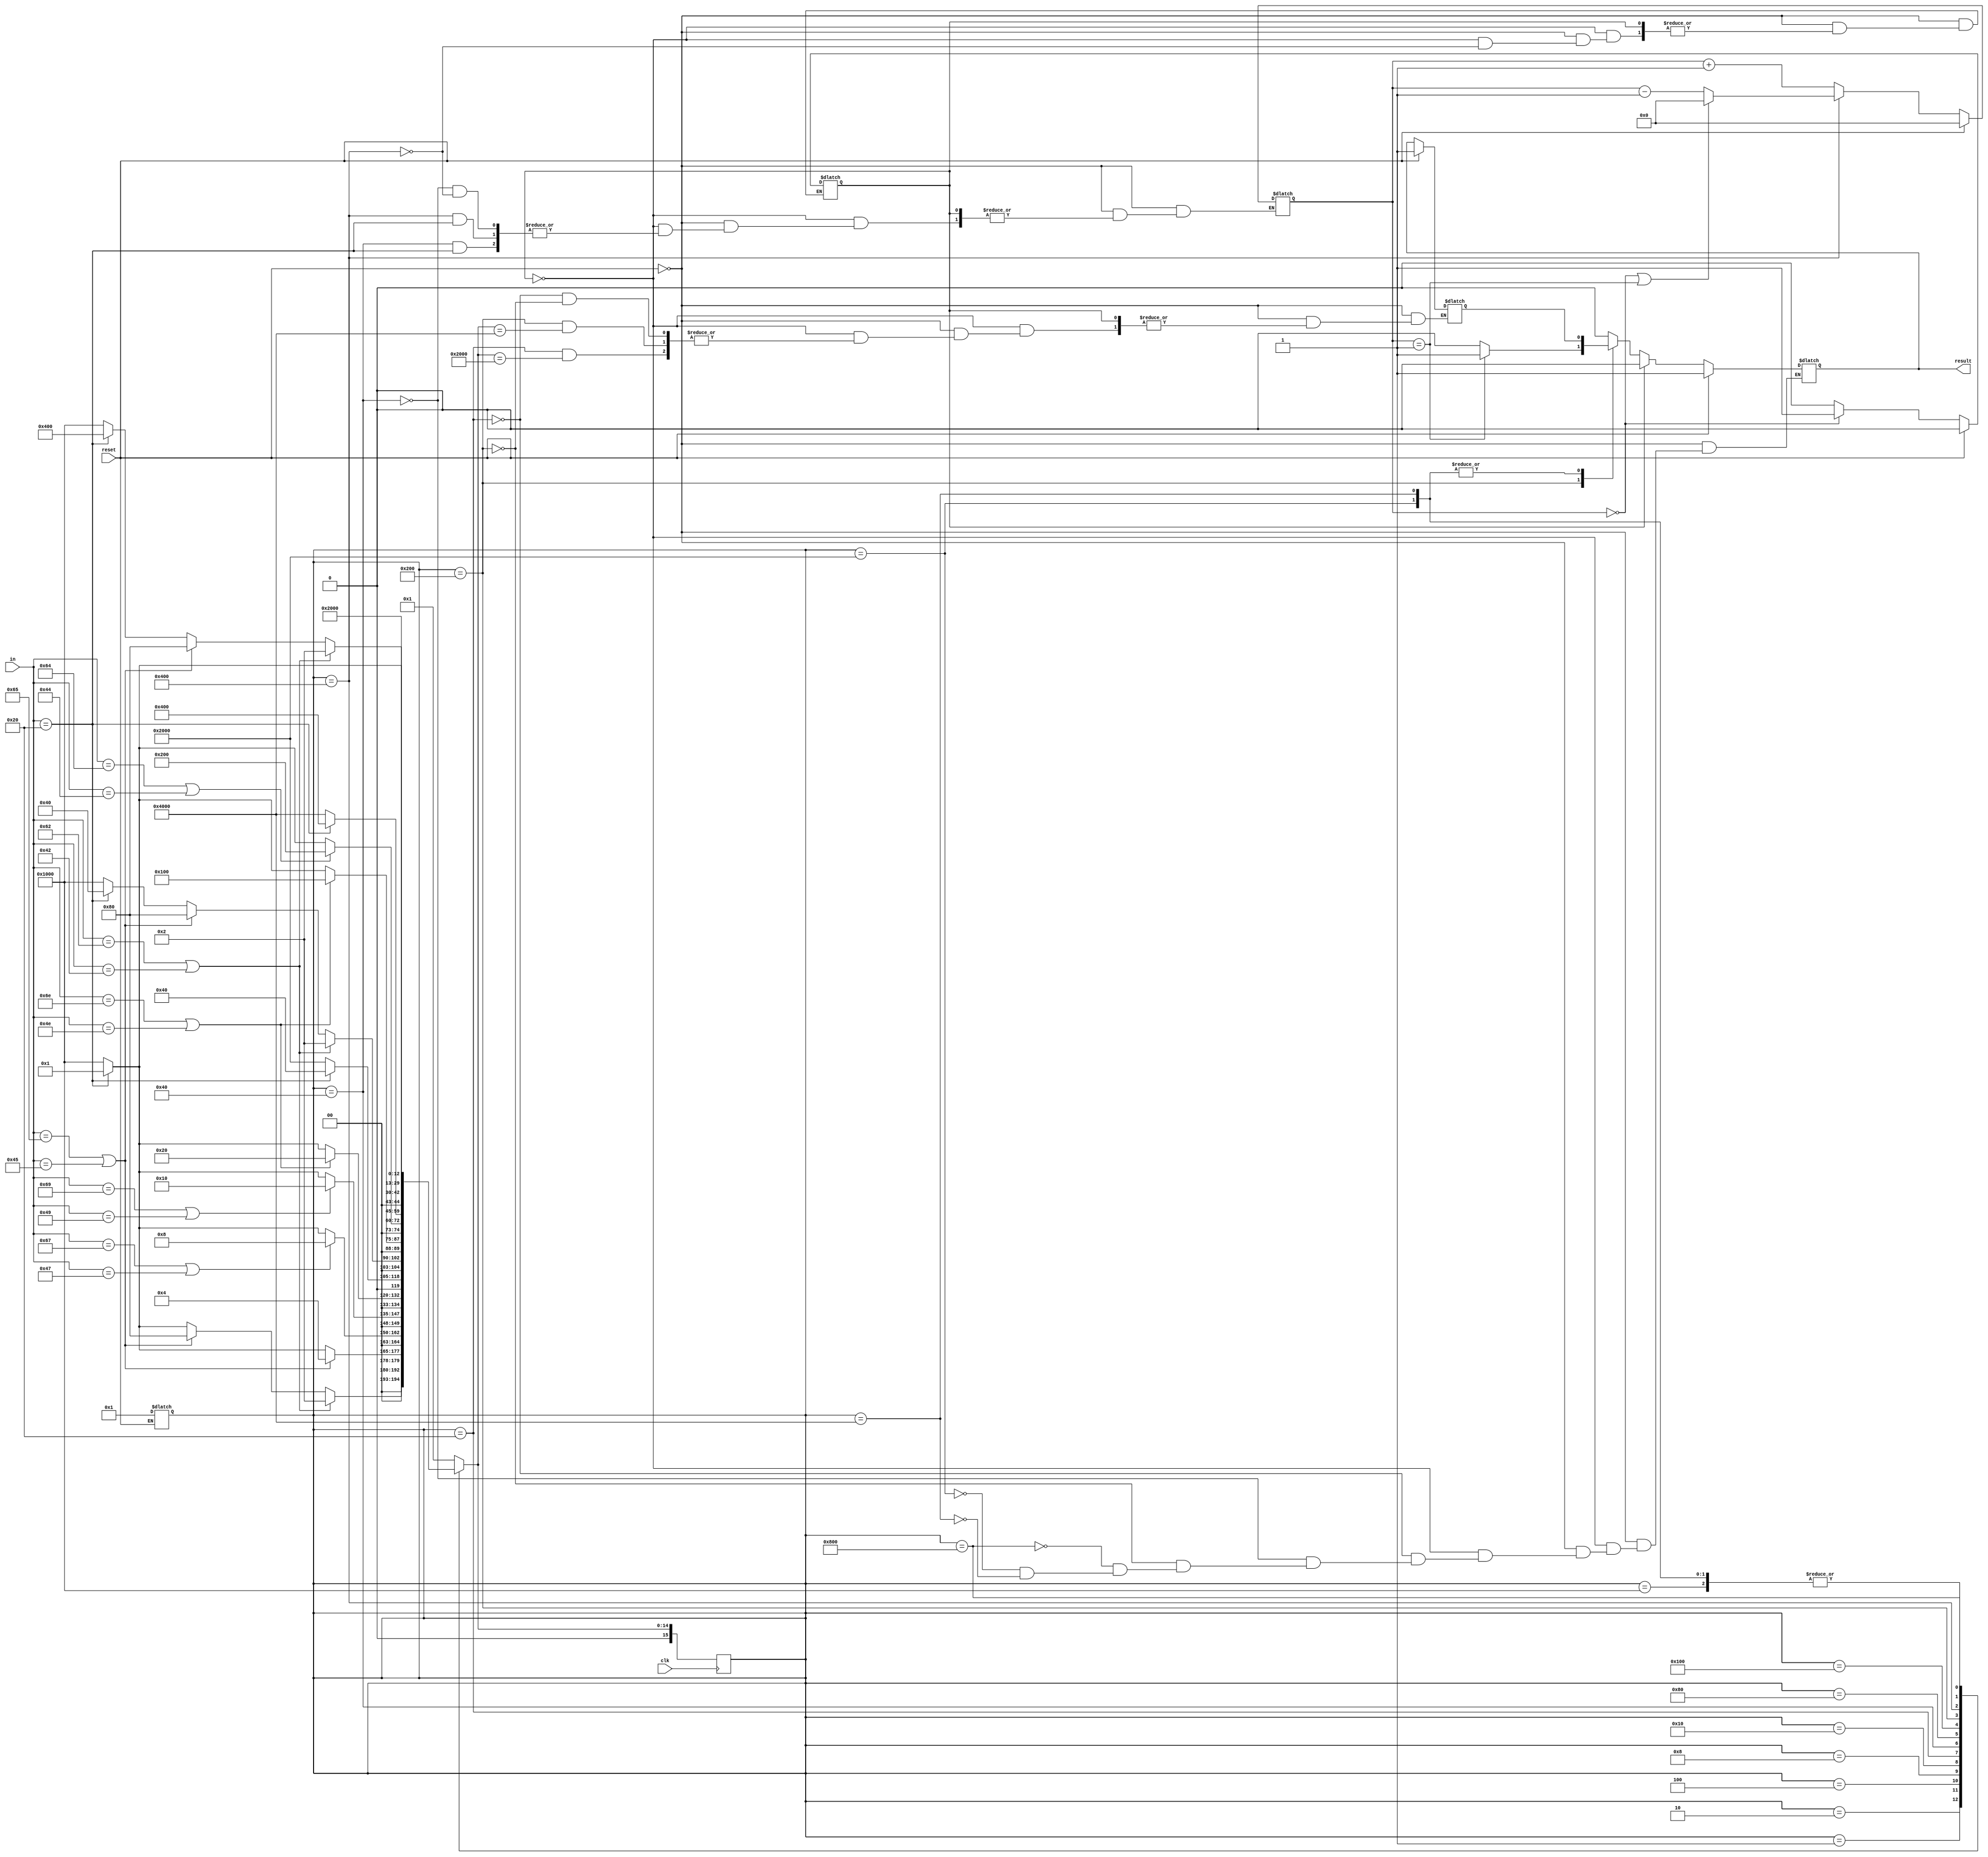
`timescale 1ns / 1ps
//////////////////////////////////////////////////////////////////////////////////
// Company: 
// Engineer: 
// 
// Design Name: 
// Module Name:    BlockChecker 
// Project Name: 
// Target Devices: 
// Tool versions: 
// Description: 
//
// Dependencies: 
//
// Revision: 
// Revision 0.01 - File Created
// Additional Comments: 
//
//////////////////////////////////////////////////////////////////////////////////
`define s0  16'b0000000000000001 //
`define s1  16'b0000000000000010
`define s2  16'b0000000000000100
`define s3  16'b0000000000001000
`define s4  16'b0000000000010000
`define s5  16'b0000000000100000 //begin
`define s6  16'b0000000001000000 //begin + space
`define s7  16'b0000000010000000
`define s8  16'b0000000100000000
`define s9  16'b0000001000000000  //end
`define s10 16'b0000010000000000 //end + space
`define s11 16'b0000100000000000 // false
`define s12 16'b0001000000000000 // else
`define s13 16'b0010000000000000 // begin + else
`define s14 16'b0100000000000000 // end + else
module BlockChecker(
    input clk,
    input reset,
    input [7:0] in,
    output reg result
    );
    reg [15:0] state;
    reg [15:0] next_state;
    reg last_result;
    reg [15:0] begin_cnt = 0;
    reg overFlag = 1'b0;

    always @(posedge clk) begin
        state <= next_state;
    end

    always @(state, in) begin
        case(state)
            `s0:next_state = (in == "b" || in == "B") ? `s1 : (in == "e" || in == "E") ? `s7 : (in == " ") ? `s0 : `s12;
            `s1:next_state = (in == "e" || in == "E") ? `s2 : (in == " ") ? `s0 : `s12;
            `s2:next_state = (in == "g" || in == "G") ? `s3 : (in == " ") ? `s0 : `s12;
            `s3:next_state = (in == "i" || in == "I") ? `s4 : (in == " ") ? `s0 : `s12;
            `s4:next_state = (in == "n" || in == "N") ? `s5 : (in == " ") ? `s0 : `s12;
            `s5:next_state = (in == " ") ? `s6 :`s13;   
            `s6:next_state = (in == "b" || in == "B") ? `s1 : (in == "e" || in == "E") ? `s7 : (in == " ") ? `s6 : `s12;
            `s7:next_state = (in == "n" || in == "N") ? `s8 : (in == " ") ? `s0 : `s12;
            `s8:next_state = (in == "d" || in == "D") ? `s9 : (in == " ") ? `s0 : `s12;
            `s9:next_state = (in == " ") ? `s10 :`s14;
            `s10:next_state = (in == "b" || in == "B") ? `s1 : (in == "e" || in == "E") ? `s7 : (in == " ") ? `s10 : `s12;
            `s11:next_state = `s11; // seem to be useless
            `s12:next_state = (in == " ") ? `s0 : `s12;
            `s13:next_state = (in == " ") ? `s0 : `s12;
            `s14:next_state = (in == " ") ? `s0 : `s12;
            default: next_state = `s0;
        endcase
    end

    always @(reset,state,in) begin
        if(reset == 1'b1) begin
            state = `s0;
            result = 1'b1;
            begin_cnt = 16'b0;
            overFlag = 1'b0;
            last_result = 1'b1;
        end
        else if(overFlag == 1'b1) begin
            result = 1'b0;
        end
        else begin
            case(state)
                `s5: begin
                    last_result = (next_state == `s13) ? last_result : result;
                    result = 1'b0;
                end
                `s6: begin
                    result = 1'b0;
                    begin_cnt = (in == " ") ? begin_cnt : begin_cnt + 16'b1;
                end
                `s9:begin
                    last_result = (next_state == `s14) ? last_result : result;
                    result = (begin_cnt == 16'b1) ? 1'b1 : 1'b0;
                end
                `s10:begin
                    overFlag = (begin_cnt == 16'b0) ? 1'b1 : 1'b0;
                    begin_cnt = (in == " ") ? begin_cnt : (begin_cnt == 16'b0 || begin_cnt == 16'b1) ? 16'b0 : (begin_cnt - 16'b1); 
                    result = result;
                end
                `s11:begin
                    result = 1'b0;
                end
                `s13:begin
                    result = last_result;
                end
                `s14:begin
                    result = last_result;
                end
                default: result = result;
            endcase
        end
    end


endmodule